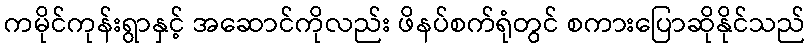
ကမိုင်ကုန်းရွာနှင့် အဆောင်ကိုလည်း ဖိနပ်စက်ရုံတွင် စကားပြောဆိုနိုင်သည်